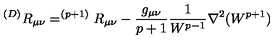
^ { ( D ) } R _ { \mu \nu } = ^ { ( p + 1 ) } R _ { \mu \nu } - { \frac { g _ { \mu \nu } } { p + 1 } } { \frac { 1 } { W ^ { p - 1 } } } \nabla ^ { 2 } ( W ^ { p + 1 } )